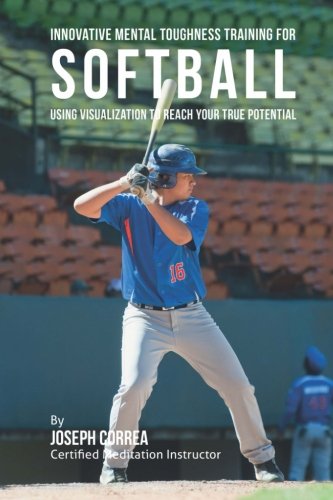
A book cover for Innovative Mental Toughness Training for Softball: Using Visualization to Reach Your True Potential; Joseph Correa (Certified Meditation Instructor); Sports & Outdoors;